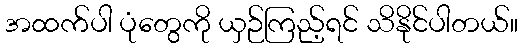
အထက်ပါ ပုံတွေကို ယှဉ်ကြည့်ရင် သိနိုင်ပါတယ်။